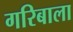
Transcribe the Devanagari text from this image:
गरिबाला